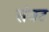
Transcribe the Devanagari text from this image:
संक्ट